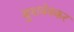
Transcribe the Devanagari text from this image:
बुशवेक्कर